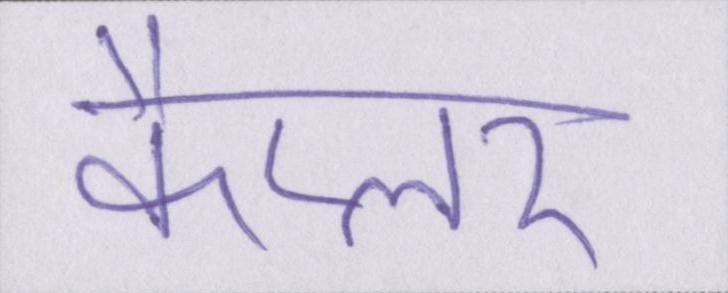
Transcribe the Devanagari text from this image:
कैप्लर